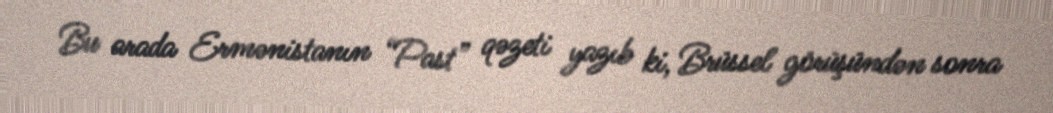
Bu arada Ermənistanın “Past” qəzeti yazıb ki, Brüssel görüşündən sonra